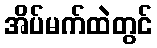
အိပ်မက်ထဲတွင်